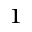
^ 1